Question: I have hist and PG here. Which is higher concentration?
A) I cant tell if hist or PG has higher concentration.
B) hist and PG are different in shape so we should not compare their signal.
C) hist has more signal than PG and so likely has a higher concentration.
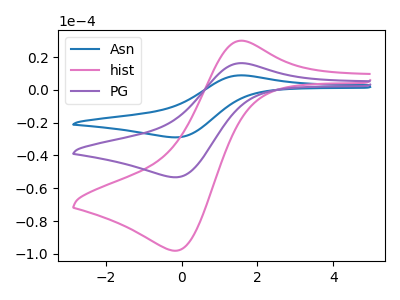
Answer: <think>The blue curve "Asn" has an anodic peak at (1.55V, 32.60uA) and a cathodic peak at (-0.15V, -106.65uA). The pink curve "hist" has an anodic peak at (1.55V, 30.00uA) and a cathodic peak at (-0.15V, -98.15uA). The purple curve "PG" has an anodic peak at (1.55V, 16.30uA) and a cathodic peak at (-0.15V, -53.30uA).
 All the peaks in "hist" have a peak in "PG" at the same potential. Every peak in "hist" is higher than every peak in "PG".</think>
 <answer>C) "hist" has more signal than "PG" and so likely has a higher concentration.</answer>
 <eval>C</eval>